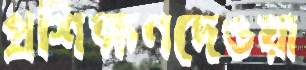
প্রশিক্ষণদেওয়া